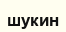
шукин